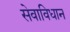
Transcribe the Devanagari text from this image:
सेवाविधान